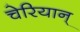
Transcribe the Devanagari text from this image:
चेरियान्